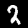
Label: 2